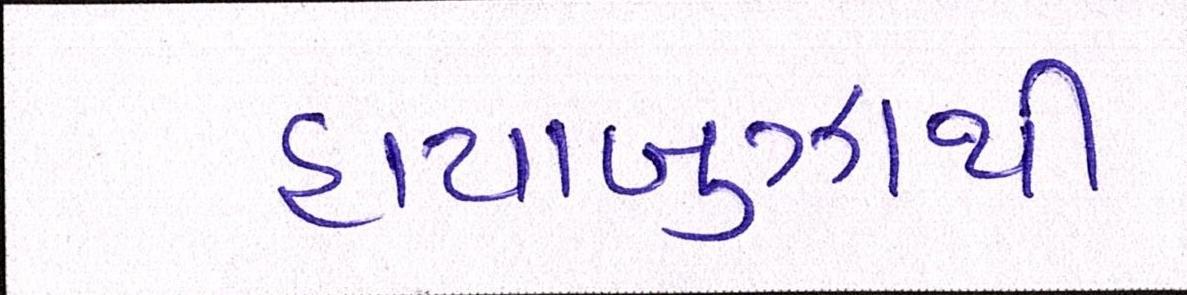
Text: હાયાબુઝાથી